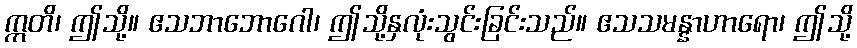
ဣတိ၊ ဤသို့။ ဧသဘာဘောဂေါ၊ ဤသို့နှလုံးသွင်းခြင်းသည်။ ဧသသမန္နာဟာရော၊ ဤသို့